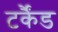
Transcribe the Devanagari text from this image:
टर्कैंड